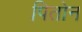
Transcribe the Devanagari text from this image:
पितोन